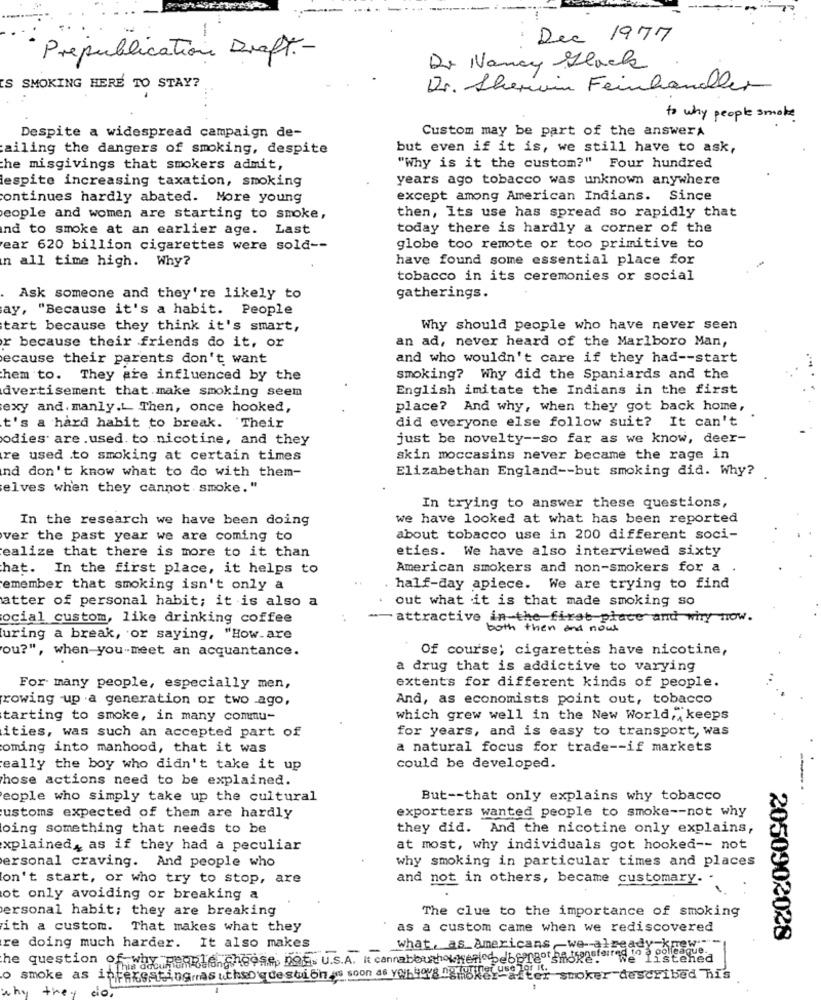
Dec 1977
Prepublication Draft .-
De Nancy Glack
S SMOKING HERE TO STAY?
Dr. Sherwin Feinhandler
to why people smoke
Custom may be part of the answers
Despite a widespread campaign de-
ailing the dangers of smoking, despite
but even if it is, we still have to ask,
the misgivings that smokers admit,
"Why is it the custom?" Four hundred
despite increasing taxation, smoking
years ago tobacco was unknown anywhere
continues hardly abated. More young
except among American Indians. Since
eople and women are starting to smoke,
then, Its use has spread so rapidly that
Ind to smoke at an earlier age. Last
today there is hardly a corner of the
ear 620 billion cigarettes were sold --
globe too remote or too primitive to
in all time high. Why?
have found some essential place for
tobacco in its ceremonies or social
Ask someone and they're likely to
gatherings.
ay, "Because it's a habit. People
tart because they think it's smart,
Why should people who have never seen
r because their friends do it, or
an ad, never heard of the Marlboro Man,
ecause their parents don't want
and who wouldn't care if they had -- start
hem to. They are influenced by the
smoking? Why did the Spaniards and the
dvertisement that.make smoking seem
English imitate the Indians in the first
exy and. manly.L. Then, once hooked,
place? And why, when they got back home,
did everyone else follow suit? It can't
t's a hard habit to break. Their
odies are .used. to nicotine, and they
just be novelty -- so far as we know, deer-
re used to smoking at certain times
skin moccasins never became the rage in
Elizabethan England -- but smoking did. Why?
nd don't know what to do with them-
elves when they cannot. smoke."
In trying to answer these questions,
In the research we have been doing
we have looked at what has been reported
ver the past year we are coming to
about tobacco use in 200 different soci-
ealize that there is more to it than
eties. We have also interviewed sixty
hat. In the first place, it helps to
American smokers and non-smokers for a
emember that smoking isn't only a
half-day apiece. We are trying to find
atter of personal habit; it is also a
out what it is that made smoking so
ocial custom, like drinking coffee
-- attractive in the first place and why now.
both then and now
uring a break, or saying, "How.are
Of course; cigarettes have nicotine,
ou?", when you-meet an acquantance.
a drug that is addictive to varying
For many people, especially men,
extents for different kinds of people.
And, as economists point out, tobacco
growing up a generation or two ago,
tarting to smoke, in many commu-
which grew well in the New World, keeps
ities, was such an accepted part of
for years, and is easy to transport, was
oming into manhood, that it was
a natural focus for trade -- if markets
really the boy who didn't take it up
could be developed.
hose actions need to be explained.
eople who simply take up the cultural
But -- that only explains why tobacco
ustoms expected of them are hardly
exporters wanted people to smoke -- not why
oing something that needs to be
they did. And the nicotine only explains,
explained, as if they had a peculiar
at most, why individuals got hooked -- not
why smoking in particular times and places
ersonal craving. And people who
don't start, or who try to stop, are
and not in others, became customary ..
ot only avoiding or breaking a
ersonal habit; they are breaking
The clue to the importance of smoking
ith a custom. That makes what they
as a custom came when we rediscovered
2050902028
re doing much harder. It also makes
What, as Americans -we- already haswe
the question of why people, cheese, not. U.s.A. it cannabbuthowperiodebangor pessoasterres
listened
smoke as interestingmasuthequestion as soon as y0b498smoker-ater smoker-described his